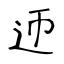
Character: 迊